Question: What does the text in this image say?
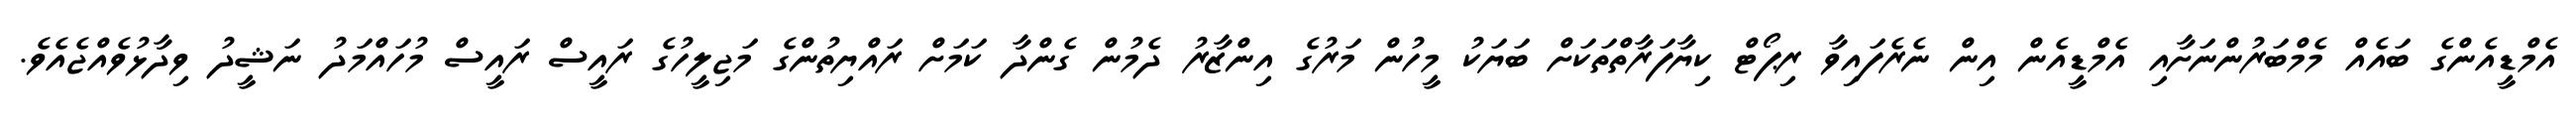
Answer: އެމްޑީއެންގެ ބައެއް މެމްބަރުންނަށާއި އެމްޑީއެން އިން ނެރެފައިވާ ރިޕޯޓް ކިޔާފަރާތްތަކަށް ބަޔަކު މީހުން މަރުގެ އިންޒާރު ދެމުން ގެންދާ ކަމަށް ރައްޔިތުންގެ މަޖިލީހުގެ ރައީސް ރައީސް މުހައްމަދު ނަޝީދު ވިދާޅުވެއްޖެއެވެ.